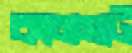
কানসাট